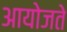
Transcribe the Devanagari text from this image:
आयोजते